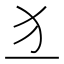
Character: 𤜚